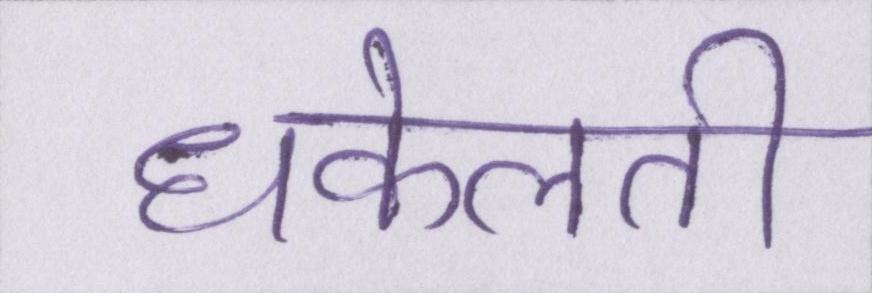
धकेलती